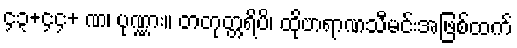
၄၃+၄၄+ ဏ၊ ပုဏ္ဏား။ တတုတ္တရိပိ၊ ထိုဗာရာဏသီမင်းအဖြစ်ထက်